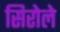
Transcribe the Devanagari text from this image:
सिरोले